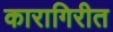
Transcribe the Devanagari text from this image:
कारागिरीत